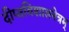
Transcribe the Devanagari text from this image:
दीप्तविशालनेत्रम्